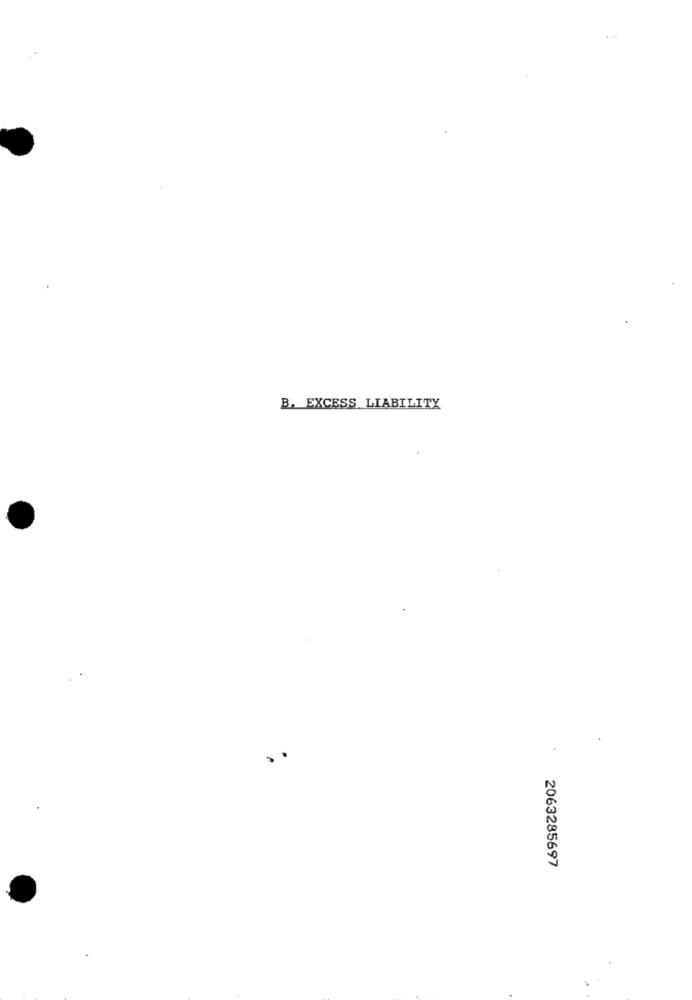
. ..
B. EXCESS LIABILITY
..
2063285697